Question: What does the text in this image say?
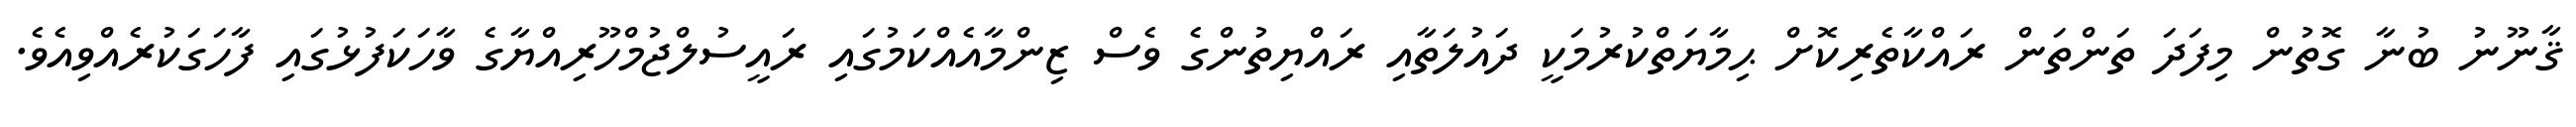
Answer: ޤާނޫނު ބުނާ ގޮތުން މިފަދަ ތަންތަން ރައްކާތެރިކޮށް ޙިމާޔަތްކުރުމަކީ ދައުލަތާއި ރައްޔިތުންގެ ވެސް ޒިންމާއެއްކަމުގައި ރައީސުލްޖުމްހޫރިއްޔާގެ ވާހަކަފުޅުގައި ފާހަގަކުރެއްވިއެވެ.